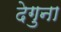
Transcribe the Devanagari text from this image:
देगुना